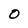
Character: 0